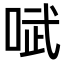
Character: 𫪗